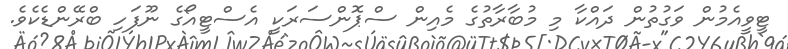
ޓީވީއެމުން ވަގުތުން ދައްކާ މި މުބާރާތުގެ މެއިން ސްޕޮންސަރަކީ އެސްޓީއޯގެ ނޫފަހި ބްރޭންޑެކެވެ.